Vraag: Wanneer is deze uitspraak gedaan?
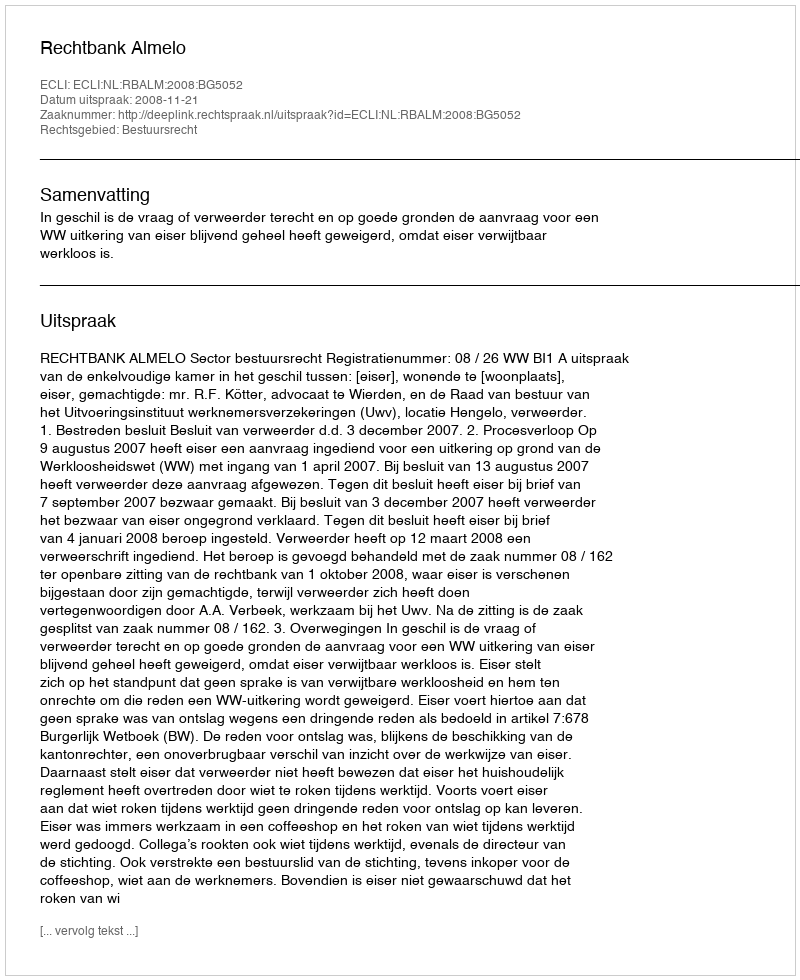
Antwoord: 2008-11-21